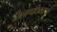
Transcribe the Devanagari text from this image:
सिलाप्पधिकाराम